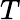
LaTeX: T